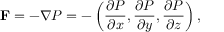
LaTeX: \mathbf { F } = - \nabla P = - \left( { \frac { \partial P } { \partial x } } , { \frac { \partial P } { \partial y } } , { \frac { \partial P } { \partial z } } \right) ,